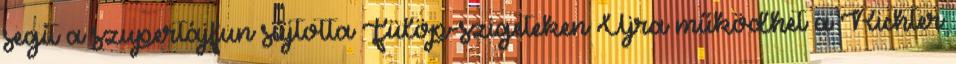
segít a szupertájfun sújtotta Fülöp-szigeteken Újra működhet a Richter